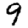
Digit: 9